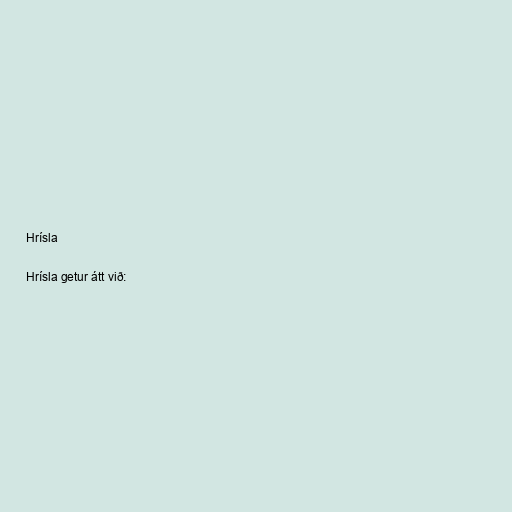
Hrísla

Hrísla getur átt við: